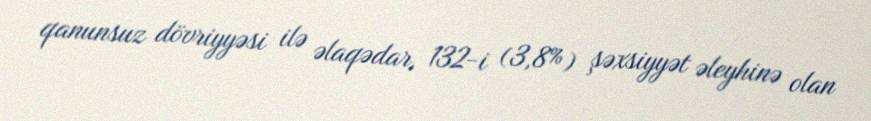
qanunsuz dövriyyəsi ilə əlaqədar, 132-i (3,8%) şəxsiyyət əleyhinə olan